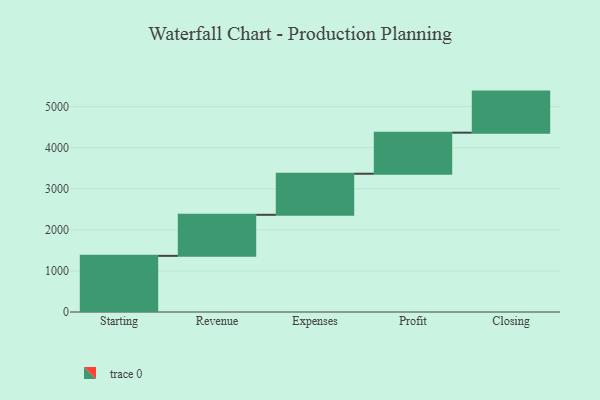
{"axis": {"x": "Step", "y": "Value"}, "legend": [""], "data": [{"x": "Starting", "y": 1367.0, "type": ""}, {"x": "Revenue", "y": 1000, "type": ""}, {"x": "Expenses", "y": 1000, "type": ""}, {"x": "Profit", "y": 1000, "type": ""}, {"x": "Closing", "y": 1000, "type": ""}]}